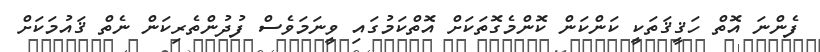
ފެންނަ އޮތް ހަޤީޤަތަކީ ކަންކަން ކޮންމެގޮތަކަށް އޮތްކަމުގައި ވީނަމަވެސް ފުދުންތެރިކަން ނެތް ޤައުމަކަށް